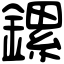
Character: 鏍